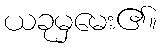
ယခုမှမေး၏။